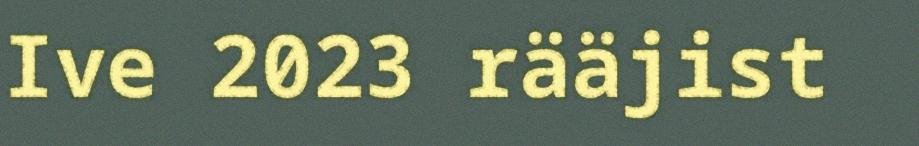
Ive 2023 rääjist